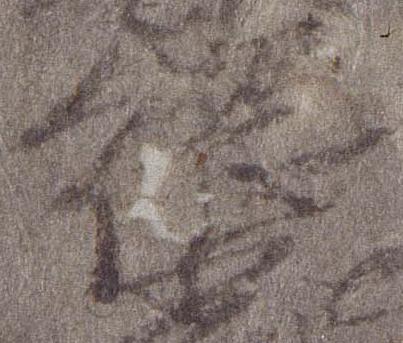
綱